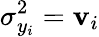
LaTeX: \sigma_{y_{i}}^{2}=\mathbf{v}_{i}